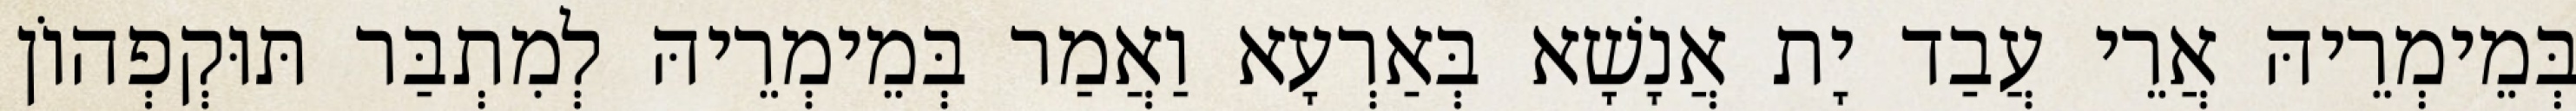
בְּמֵימְרֵיהּ אֲרֵי עֲבַד יָת אֲנָשָׁא בְּאַרְעָא וַאֲמַר בְּמֵימְרֵיהּ לְמִתְבַּר תּוּקְפְהוֹן